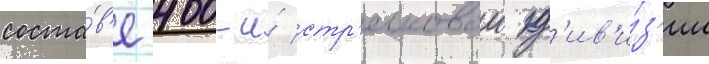
соста́в'е 400-и́ стр'елковои д'ив'и́з'ии